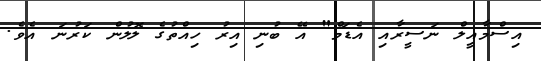
އިސްމާއީލް ނަސީރާއި އެޑަމް" އޭ ބުނި އިރު ހިއްތުގެ ލޮލުން ކަރުނަ އެެވެ.